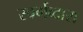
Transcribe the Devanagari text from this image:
स्वर्गव्दारा